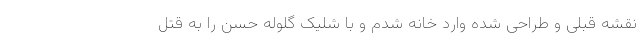
نقشه قبلی و طراحی شده وارد خانه شدم و با شلیک گلوله حسن را به قتل